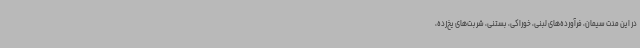
در این مدت سیمان، فرآورده‌های لبنی، خوراکی، بستنی، شربت‌های یخ‌زده،